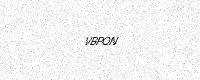
Text: VBPQN